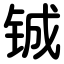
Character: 铖